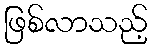
ဖြစ်လာသည့်